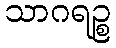
သာဂရဉ္စ